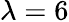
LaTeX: \lambda=6